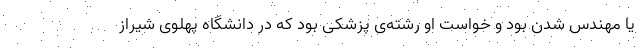
یا مهندس شدن بود و خواست او رشته‌ی پزشکی بود که در دانشگاه پهلوی شیراز